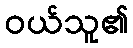
ဝယ်သူ၏